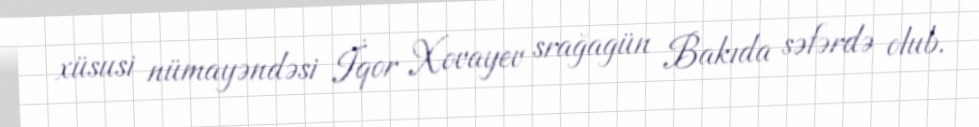
xüsusi nümayəndəsi İqor Xovayev srağagün Bakıda səfərdə olub.